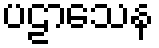
ပဠာသေန